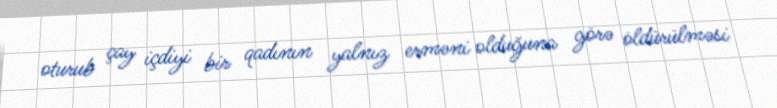
oturub çay içdiyi bir qadının yalnız erməni olduğuna görə öldürülməsi